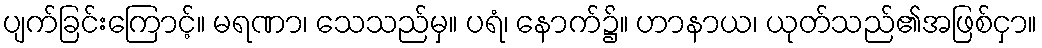
ပျက်ခြင်းကြောင့်။ မရဏာ၊ သေသည်မှ။ ပရံ၊ နောက်၌။ ဟာနာယ၊ ယုတ်သည်၏အဖြစ်ငှာ။